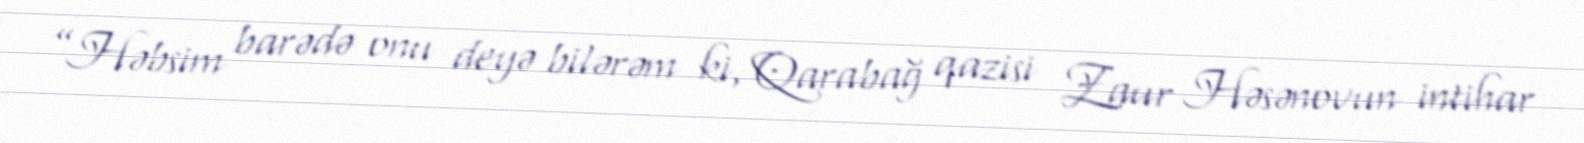
”Həbsim barədə onu deyə bilərəm ki, Qarabağ qazisi Zaur Həsənovun intihar